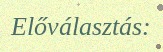
Előválasztás: